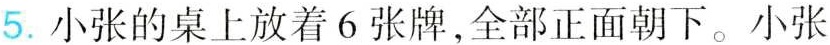
5.小张的桌上放着6张牌，全部正面朝下。小张